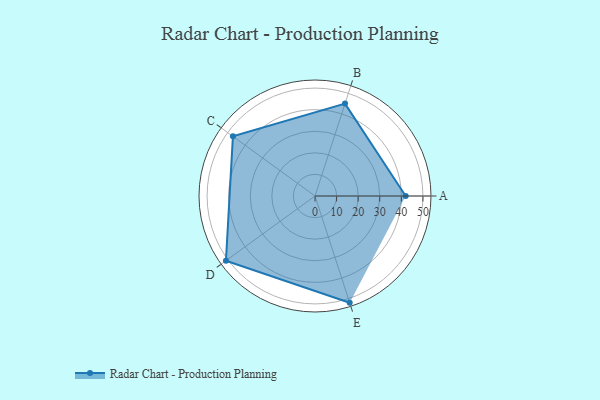
{"axis": {"x": "Skill", "y": "Score"}, "legend": ["Profile"], "data": [{"x": "A", "y": 42.0, "type": "Profile"}, {"x": "B", "y": 45.0, "type": "Profile"}, {"x": "C", "y": 47.0, "type": "Profile"}, {"x": "D", "y": 51.0, "type": "Profile"}, {"x": "E", "y": 52.0, "type": "Profile"}]}